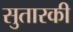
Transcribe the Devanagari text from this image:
सुतारकी